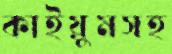
কাইয়ুমসহ